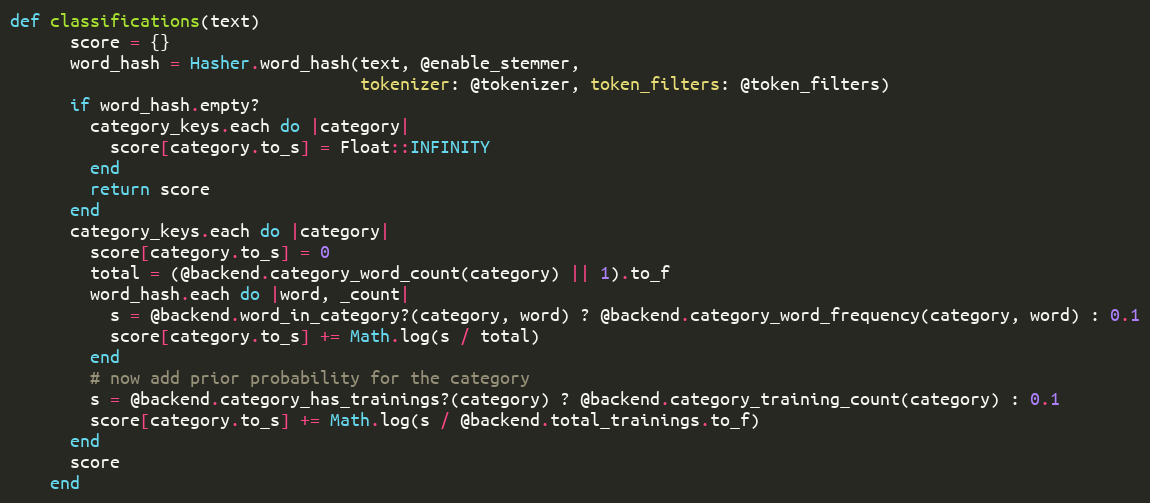
Language: Ruby
def classifications(text)
      score = {}
      word_hash = Hasher.word_hash(text, @enable_stemmer,
                                   tokenizer: @tokenizer, token_filters: @token_filters)
      if word_hash.empty?
        category_keys.each do |category|
          score[category.to_s] = Float::INFINITY
        end
        return score
      end
      category_keys.each do |category|
        score[category.to_s] = 0
        total = (@backend.category_word_count(category) || 1).to_f
        word_hash.each do |word, _count|
          s = @backend.word_in_category?(category, word) ? @backend.category_word_frequency(category, word) : 0.1
          score[category.to_s] += Math.log(s / total)
        end
        # now add prior probability for the category
        s = @backend.category_has_trainings?(category) ? @backend.category_training_count(category) : 0.1
        score[category.to_s] += Math.log(s / @backend.total_trainings.to_f)
      end
      score
    end